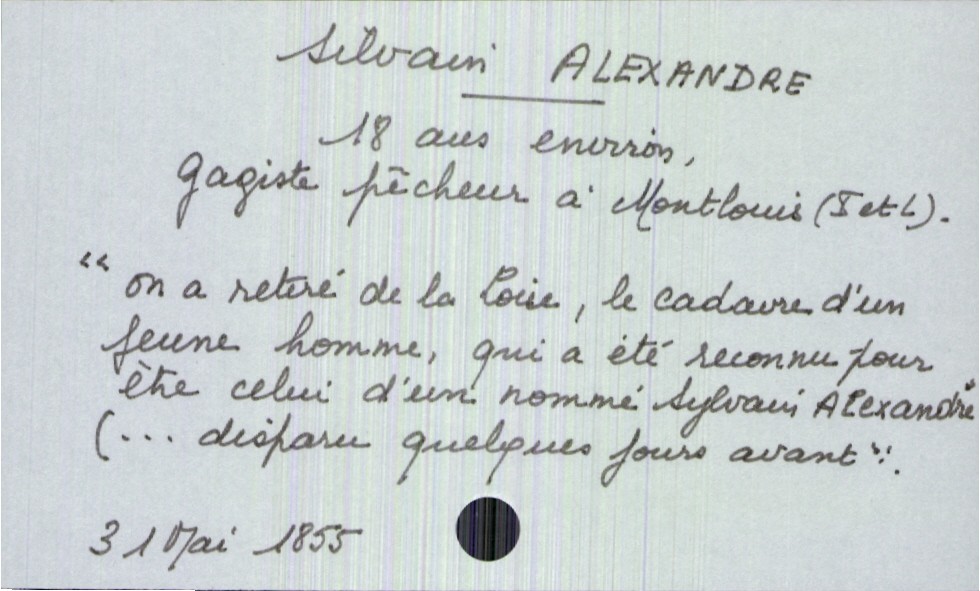
type_acte: Décès
année: 1855
mois: mai
jour: 31
défunt_nom: Alexandre
défunt_prénom: Silvain
défunt_âge: 18 ans
défunt_profession: gagiste pêcheur
défunt_lieu_de_vie: Montlouis (Indre et Loire)